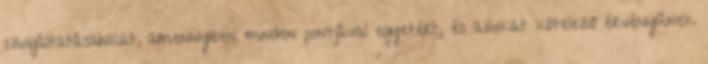
szolgáltatásainkat, amennyiben minden pontjával egyetért, és azokat kötelező érvényűnek